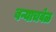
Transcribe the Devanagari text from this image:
बऱ्याचवेळ